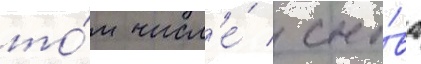
то́м числ'е́ / сно́ва